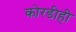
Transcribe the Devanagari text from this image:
कोरडीही